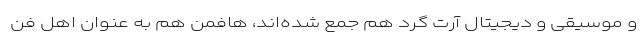
و موسیقی و دیجیتال آرت گرد هم جمع شده‌اند، هافمن هم به عنوان اهل فن